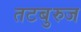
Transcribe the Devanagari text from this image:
तटबुरुज